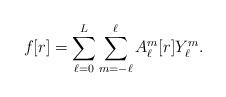
LaTeX: \begin{align*} f[r] = \sum_{ \ell=0}^L\sum_{m=-\ell}^\ell A_{\ell}^m[r] Y_{\ell}^m. \end{align*}